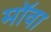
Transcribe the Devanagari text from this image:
मॉवा